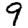
Digit: 9